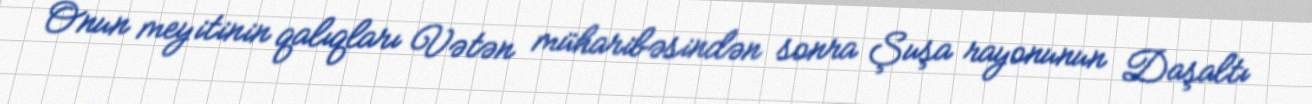
Onun meyitinin qalıqları Vətən müharibəsindən sonra Şuşa rayonunun Daşaltı